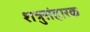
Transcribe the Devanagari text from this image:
शत्रुसंहारक